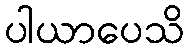
ပါယာပေသိ